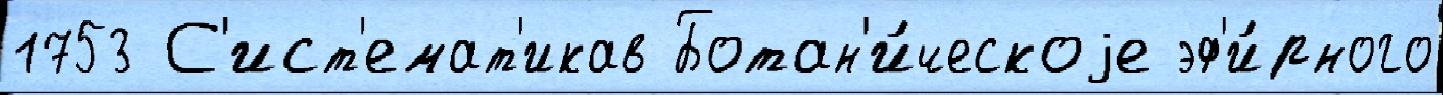
1753 С'ист'емат'икав Ботан'и́ческоjе эф'и́рного